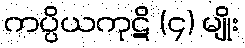
ကပ္ပိယကုဋိ (၄) မျိုး